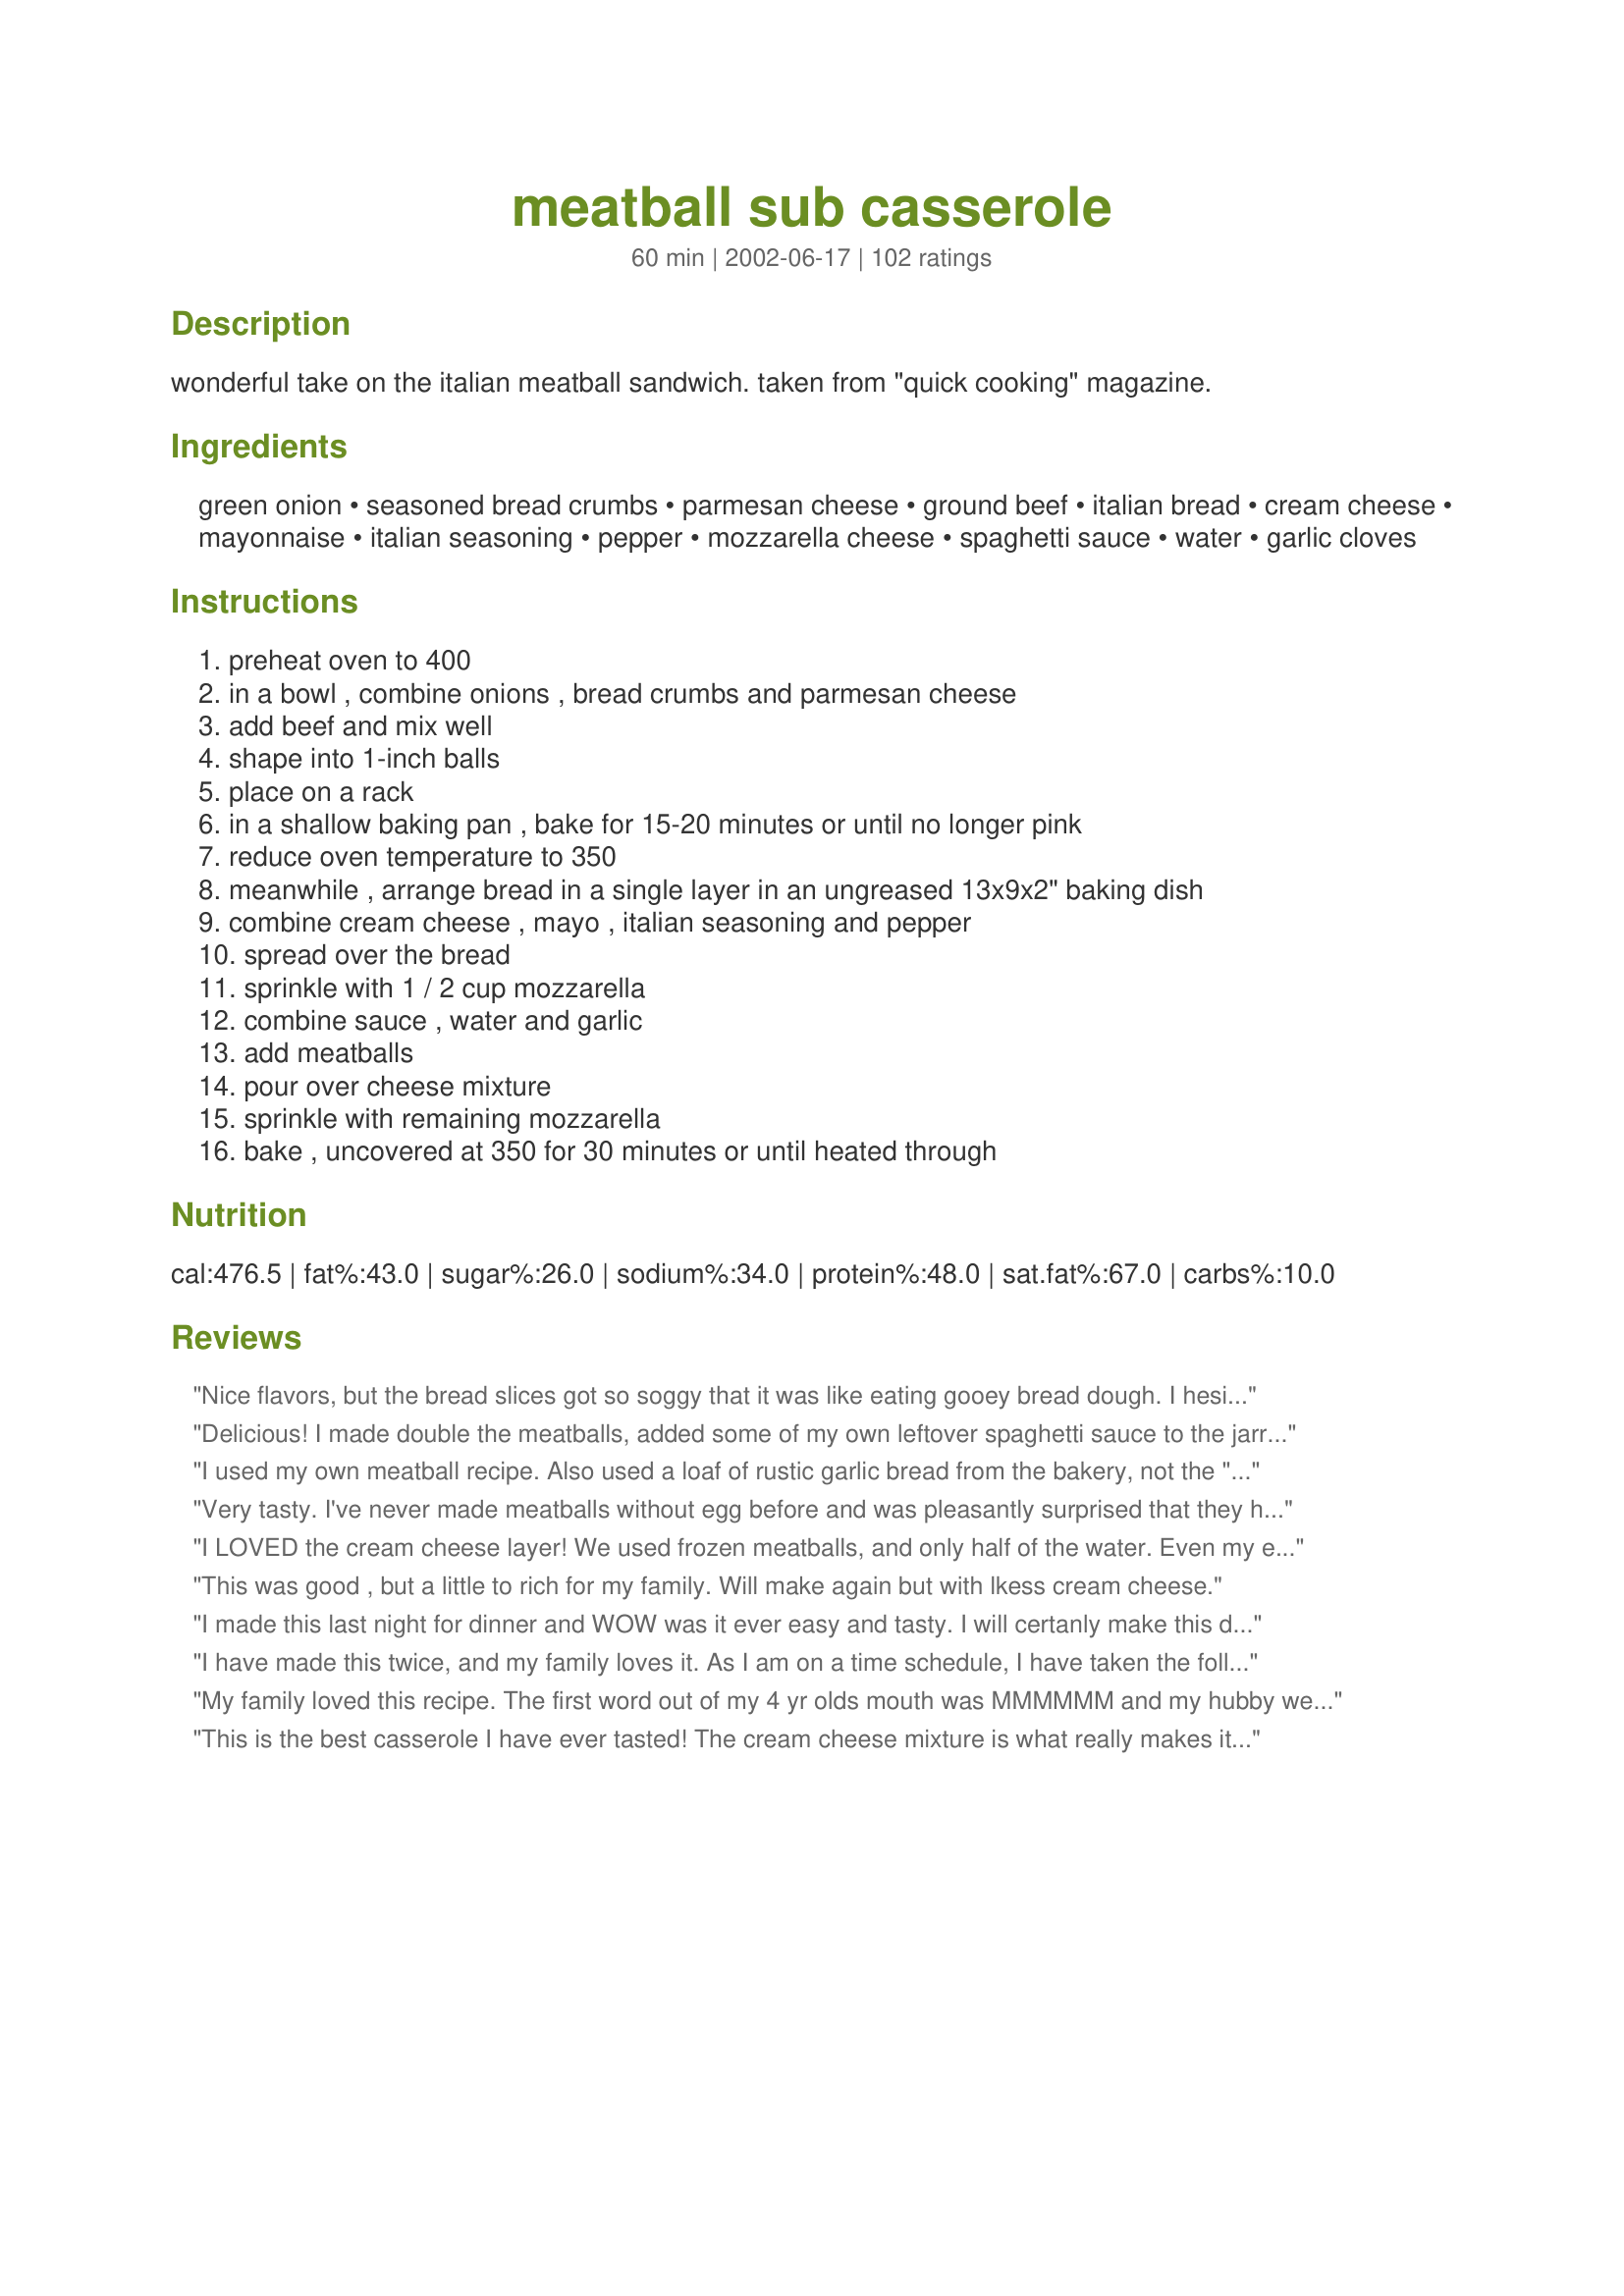
meatball sub casserole
Preparation time: 60 minutes

wonderful take on the italian meatball sandwich. taken from "quick cooking" magazine.

Ingredients:
green onion, seasoned bread crumbs, parmesan cheese, ground beef, italian bread, cream cheese, mayonnaise, italian seasoning, pepper, mozzarella cheese, spaghetti sauce, water, garlic cloves

Steps:
preheat oven to 400, in a bowl , combine onions , bread crumbs and parmesan cheese, add beef and mix well, shape into 1-inch balls, place on a rack, in a shallow baking pan , bake for 15-20 minutes or until no longer pink, reduce oven temperature to 350, meanwhile , arrange bread in a single layer in an ungreased 13x9x2" baking dish, combine cream cheese , mayo , italian seasoning and pepper, spread over the bread, sprinkle with 1 / 2 cup mozzarella, combine sauce , water and garlic, add meatballs, pour over cheese mixture, sprinkle with remaining mozzarella, bake , uncovered at 350 for 30 minutes or until heated through

Reviews:
Nice flavors, but the bread slices got so soggy that it was like eating gooey bread dough. I hesitated to add the cup of water to the jarred sauce and ended up wishing I'd left it out. Sorry, but the soggy bread spoiled the meal for us so I can only rate this recipe three stars.
Delicious! I made double the meatballs, added some of my own leftover spaghetti sauce to the jarred sauce and it came out great. My bread was not soggy, I think because I added more sauce instead of the cup of water. Can't wait to have for lunch tomorrow!
I used my own meatball recipe. Also used a loaf of rustic garlic bread from the bakery, not the "fluffy" stuff, then toasted the cubed bread while I made the meatballs. Followed the other suggestions to omit the water, happy I did because the bread came out almost toasted on the bottom. Had a great flavor, but it is rich, therefore only needing a small piece! A nice change from the typical "noodle" casserole.
Very tasty. I've never made meatballs without egg before and was pleasantly surprised that they held together OK. I used less water than specified because I thought it would make the sauce too thin. I think next time I would use a bit less cream cheese and substitute some sour cream for the mayo... My kids really enjoyed this, thanks for sharing it, DogAndCatDoc.
I LOVED the cream cheese layer! We used frozen meatballs, and only half of the water. Even my extremely picky 2 year old ate this. Minus the meatballs, since she doesn't believe in meat that isn't a chicken nugget. We did use light mayo, and it didn't affect the creaminess at all. I sliced the bread that morning and let it sit out all day, and we didn't really have any issues with sogginess. It wasn't crispy, but not soggy, either. Thank you, Yooper!
This was good , but a little to rich for my family. Will make again but with lkess cream cheese.
I made this last night for dinner and WOW was it ever easy and tasty. I will certanly make this dish on a monthly rotation. It is very rich so a little goes a long way.
I have made this twice, and my family loves it.
As I am on a time schedule, I have taken the following shortcuts:
1-I use frozen meatballs.
2-I leave the bread, cut into cubes, out overnight to crust up.
3-I added the water to the cheese mixture to soften it up a bit
Thank you for sharing this recipe

My family loved this recipe. The first word out of my 4 yr olds mouth was MMMMMM and my hubby went nuts for the cream cheese mixture. I, being 9 mos pg, used defrosted frozen meatballs and added 10 minutes to the cook time. I cut the water down to a 1/2 cup and it wasn't soggy at all. I also used 1/2 the shredded cheese called for on top and used some provolone slices too! Very yummy!
This is the best casserole I have ever tasted! The cream cheese mixture is what really makes it! I didnt have italian bread, so I just cubed up some hot dog/hamburger buns and toasted them under the broiler first, to get the crusty texture on the outside that italian bread has. I thought that it might help with the sogginess also but the bread still seemed to soak up a lot of moisture. So next time I will make sure to use the crustier bread so they wont get as soggy. I also did not add the water because I dont like a thin/runny sauce. To make this recipe super fast, I just used a bag of the frozen italian meatballs and they turned out just fine! It tasted just like a meatball sub but in a casserole! I love this recipe, Super fast and easy, and for sure is going into the regular meal rotation!
This was great. I needed something simple for a last-minute pot-luck meeting we had at work. Everyone loved it. I left with a empty dish :)
This recipe is AWESOME!! We l-o-v-e anything Italian and this without a doubt filled the bill. I made it with the French bread and did take a bit longer with the prep time but I'm sure it's only because its a new recipe. No doubt it will be quicker next time around as this is a for sure keeper and I'll be making it again, and again ~ Thank you so much for sharing!
Loved it, loved it, loved it. Used toasted garlic bread. as suggested by the other reviewers, and store-bought frozen Italian meatballs. Added the minced garlic, but the pieces turned green when baked! Did this happen to anyone else?
i think this is probably one of the best recipes i have ever made, made it at home, and shared some with (cooked) 2 other people who also loved it. Gave the recipe to a coworker who also made it with dh and 3 children, she doubled the recipe to serve her family, and told me there was none left. This is my only review ever.
I subbed sourdough bread for the Italian as it was all I had on hand when I made this. It was wonderful and I will definitely make it again! Thanks for a great recipe.
My husband was a little nervous about trying this recipe but was surprised at how good it was! I used my homemade recipe for the bread and I sliced it and let it sit open on the counter all day to firm up a bit so that the bread would not set soggy while baking. This casserole had great flavour and tasted great. I also added a mix of mozzarella and parmesan cheese for the topping. I made the meatballs ahead of time and placed them in the freezer so that on serving day I could whip up this casserole in no time!
This was a good recipe! I made this to use up bread and meatballs before passover. It was very good and rich. Thanks!
My family says this was the best meal they've ever had! It was delicious and easy to make. I will make this often.
This was easy to put together and I really enjoyed the flavor. I used Hunt's traditional pasta sauce, which was a 26.5 oz can (they don't come in 28 oz anymore here - in fact, most are now 24 oz). I had whole wheat seasoned breadcrumbs (4C brand). The meatballs were cooked in 15 minutes. We thought this was a little too rich. Also, I had problems with soggy bread. I think the key is to use real, crusty Italian bread. What I (and probably many other reviewers) did was to buy the Walmart bakery "Italian loaf" which is only slightly sturdier and more flavorful than Wonder bread. Unfortunately, this is all I can get in the stores here, and it's doubtful I would make bread and then turn around and layer it in a casserole. Therefore, this recipe will have to go on my back burner, unfortunately.
This a great recipe as long as you toast the bread first and leave out the water.I used my own meatball recipe. Other then those changes,it is a very good meal.
I made this for the first time tonight, and it was so good!! The only I changed was that I used 2 lbs of ground beef, and doubled up the bread crumbs. We eat a lot at our house, so I didn&#039;t think 1 lb of ground beef would be enough :) It was a HUGE hit at our house, and I will definitely be adding this to my list of frequent dinner recipes!!
We loved this! All the flavours from one of my favourite sandwiches in a casserole, which made it OK to eat for dinner! I love homemade meatballs and with the sauce and bread base as well it was delicious. Even though the bread was a little soggy, we didn&#039;t mind at all. I followed the recipe exactly and would make this again.
Great recipe! I followed the suggestion to let the bread dry out overnight and no water added to the sauce. Then, I stumbled upon the remedy to the soggy bottom when I reheated the leftovers. I flipped the casserole over (putting the cut up bread cubes with cream cheese/mayo combo spread on it) and heated it at 400 degrees for 15 minutes. The bread that was mushy the night before was now crispy and cheesy with yummy meatballs and sauce underneath. Next time I make this casserole, I'm going to bake it with the meatballs on the bottom and the cheesy diced italian bread on top. Bye the way, my 2 year old twin granddaughters ate half of this recipe in one sitting!!!
I made this yesterday for a football party - HUGE success! 
I toasted the bread first, as many had suggested as I was afraid it would get soggy.
Did not add the water. I used homemade marinara instead of out of a jar.
This dish was WONDERFUL! I know it sounds crazy, but I also made a vegetarian version with homemade pasta sauce with mushrooms in it. This was also delicious. Just leave out the meatballs and you have a great appetizer for your non meat eating friends.
My family did not like this recipe. Sorry
All the ingredients for a meatball sandwich are here, just assembled in a different manner. This recipe is always a hit at our house. We NEVER have any leftovers, it is so good!!

I made this today for a couple of teenagers and was very pleased with the results. I could find Italian Bread crumbs over here so I made my own, otherwise I did everything exactly as the recipe described. It was delicious and the teens loved it. Thanks for a great recipe!
LOVED THIS!!! I subbed garlic bread for the Italian bread and toasted it first, and MAN was this GOOD!!! Will make over and over!!!! What a keeper!!! Thank you SO MUCH!!! :) WOOHOOOO!!! :) :)
I've made this twice now, and I've thought it was great each time!
The first time my bread got rather soggy (me being the odd one that I am, thought the soggy bread with this was yummy).
This last time I made it, I let the bread sit out over night and made sure to spread the cream cheese/mayo mixture evenly over all the bread. I also didn't add water to the spaghetti sauce, and the bread didn't get soggy much at all. Now that I've figured out how to keep that from happening I'll be making this quite often.
Meatball sandwiches are a favorite in my family, and this is a fun twist on it. The meatballs are sooo yummy! Thanks for this tasty dish!
I was looking for something to do with leftover meatballs and sauce along with half a loaf of semolina bread I had made the day before... Perfect! After reading some of the reviews, I decided not to add the additional water, but tried to stick with the recipe as written. I personally hate it when people review a recipe after &quot;tweaking &quot; it so much that it has turned into something totally different! ( I will be changing things slightly for next time , just to suit our personal tastes.) My family really enjoyed it! Thank you for sharing!
We really liked this casserole and like some of the other reviewers, I made a double batch of meatballs.
This is one of the best casseroles I have ever had. I used my homemade Spaghetti Sauce instead of store bought, but other than that did everything the same. My DH thought he was king for the day. We will be making this one again and again! Thanks Yooper
I thought this was a great, quick recipe. Most of the ingredients are usually on hand and the preperation is very straight forward. The best part was that all five of the children in our home LOVED it. They each went back for seconds. Finding something that is loved by all five kids NEVER happens so for that reason alone I give this recipe five stars. I really liked it myself, but my friend thought the bread was a little soggy. Next time I will let the bread sit out to harden it a little and see if that helps. THANK YOU for an amazing recipe and a dinner we could enjoy without complaint. We will be putting this into our regular rotation.
This did not go over so big at my house...I thought it was good but think I will stick to making the meatball subs the old fashion way
tastes just like a meatball sub! thanks for the tip about letting the italian bread sit out. i let it sit out for a day and it was still crispy in the casserole - yum! my only suggestion is to make more meatballs (about 1.5 lb) since this recipe only allows for 2-3 meatballs per person and my family loves meatballs!
Yum! I knew this would be good, but MAN, was it GOOD. I couldn't stop eating it! I made my own recipe meatballs and used canned sauce, which next time I will use my homemade sauce. I loved the cream cheese layer of the casserole. SO tasty! Can't wait to make this again!
This was the best meatball anything I have EVER had!! We really enjoyed this recipe!! I also subbed garlic bread and toasted it first for 10min so the final baking time was 20min to heat through. I also put half the amount of water in the sauce..(I like really tomatoey). Thanks so much for posting this!
I thought the sauce and meatballs and cheeseyness were great. Bread, so so. Next time I would just cook up pasta for the bottom layer. I used a tub of ricotta instead of mayo and store bought meatballs that I microwaved for 5 minutes. Didn&#039;t add any water to the sauce. Pretty tasty
I hate to write a bad review and I was really hoping for the best out of this... but this was not good at all. The cream cheese mayo mixture just made it bad to me. We couldn't eat it and had to toss. I was thinking that maybe ricotta would be good in it... IDK. Sorry :(
We really liked the flavors in this casserole, but the soggy bread didn't go over well. My teenagers wouldn't eat the bread, but loved the meatballs and cheeses. My picky son even had seconds. We had leftovers for lunch the next day and thought the flavor was even better on day 2 (but still didn't like the soggy bread aspect). Next time, we will probably just stick with meatball subs and avoid the soggy bread.
every one in house liked this except me! Sorry. DOnt get me wrong its ok but not great. Those in the house say its a keeper?! Thanks for posting
Very good. Thank you. I used Italian Eggplant Balls #306857 instead of the meat and the casserole came out perfectly.
Everyone loved it and wants me to make it again.
We had this last night. It was wonderful! I added an egg and about 1/4 c milk and used about 1.25lb ground beef for the meatballs. I picked a good loaf of bread hard on the outside and soft on the inside. I will make this again soon!
Served as leftovers on day two, this was delicious. We actually didn't like it on the first day because the cream cheese mixture overpowered the rest of the flavors. By day two, the flavors blended perfectly. I followed other reviewer's advice and made toasted garlic bread first for the base. I also omitted the water. Thank you for a unique and delicious recipe!
This is a very tasty recipe and will make again. I followed the recipe closely but added crushed red pepper. I followed other reviewers advice and toasted the bread first, but it still turned out a little moist.
5 stars from DH, this one was for him. And I DID use lower fat mayo and cream cheese, and it was just great. :)
I LOVE THIS! When I make it I DO NOT add the water and I also toast the french bread so it sorta eliminates the soggy factor. I also fry the meatballs on the stovetop and add fresh garlic (Can't have enough fresh Garlic!!!)to the meatball mixture and cheese/mayo mixture. WOW! This is sooo good!
This was just so amazing to eat my wife, son, and I had a great time making it, an had a great time enjoying all the flavors an just sent us for a ride...lol.... pluse went great with garlic bread stixs..... thanks for the recipe....
I loved this recipe!! I used already made meatballs from the store and followed the recipe with only a few adjustments. I added garlic powder and onion powder to cream cheese mixture (personal pref.). I did not use all of the jar of spaghetti sauce. Taste was very flavorful and the bread was not crispy. Thanks for posting.
I followed the instructions of previous reviewers to avoid soggy bread at the bottom, but unfortunately, it didn't work. Everything else was delicious, I used recipe 69173 for the meatballs. My husband made a suggestion, which was putting a layer or so of lasagna underneath instead of bread, which I think we will try.
I have made this casserole numerous time and it is wonderful. It is one of my favorite recipes of all time.
My step-daughter picked this out as the weekly meal that her and I cook together and I'm glad that she did! I made the meatballs as instructed but cut them in half when I put them on the casserole so we had more. I followed everything else as written. The spaghetti sauce that I used was a very thick and hearty sauce so it needed the extra water but I would suggest using less (or none at all) if you have a thinner sauce to avoid the bread getting soggy. I used an Italian loaf that I cubed and let sit out overnight and the next day until dinnertime and the bread on the bottom actually got pretty crispy. I also made sure that I completely covered all of the bread with the cream cheese/mayo mixture to keep the sauce from dripping down onto the bread. Everyone really enjoyed this meal and it is now in our "Make Again" file. The only thing that got complaints was that my husband said when he heated it the next day for lunch, the bread had soaked up the spaghetti sauce and gotten soggy and doughy. It was great the night of but I would suggest making only as much as your family is going to eat because the leftovers were less than stellar.
Quite good.We left the water out and the bread was nice and crispy.Thanks for sharing
This was a lovely Friday night dish. I used my own premade and frozen meatballs so it made it even easier. I did make garlic bread and toasted it before spreading the cheese mixture on. It turned out lovely the bread did not get soggy at all, but I made sure that the cheese mixture covered all of it. Mine looked just like the picture, I was thrilled. I will be making this again. Thank you for posting yooper. :)shirley(:
This turned out as good as it sounds. I used french bread I baked earlier and took some suggestions from others, making it garlic bread before cutting up and making sure to spread the cream cheese all over bread and I made sure to cover it well with the mozzarella. I don't know if it would have been soggy otherwise, but it was still pretty dry and toasted on the bottom for me. Instead of the spaghetti sauce I just made a marinara with a 28 oz. can of pureed tomatoes. I used all but about a cup of the sauce and didn't add any water at all. Thank you for an awesome recipe, never would have thought of it. Loved it, I'll make this over and over.
I used store bought Italian croutons.
Outstanding! My husband and I ate this up. I actually got him to take leftovers to work!
My family loved this. I substituted ground turkey for the beef and simmered the meatballs in the sauce instead of baking them. Also toasted the bread cubes for a few minutes before starting the layers like other reviewers. My husband wanted to take it to work for lunch the next day. It's a keeper!
3 1/2 stars! I thought this was good but pretty darned rich! A small portion was enough for me. Also, it took me quite a bit longer than 15 minutes to prep this meal as stated which was unfortunate since it was a weeknight. Surprises me since this came from a cookbook called Quick Cooking. :) I would reserve this meal for a night or weekend where I could prep and stick in the fridge so that I just pop it into the oven the following evening. I substituted ground turkey easily. I eliminated the water in this altogether. I always do that with casserole recipes that call for it. I find that the addition of the water makes the food........well, watery and doesn't really serve a purpose. I baked covered in foil so that it didn't dry out. I used Recipe #416481 as the bread in the recipe. Thank you!
This was really great. I only had about 4 oz of cream cheese so I subbed the other 4 with ricotta. Bread was a little damp (could have been the ricotta) but the whole family enjoyed. Thanks.
I have made this twice, once following the recipe as directed but the second time I toasted the bread a little bit first and we prefer it that way so the bread isn&#039;t quite as soggy. Next time I will also increase the meatballs to use 1 1/2 lbs. of hamburger as we didn&#039;t think there were enough meatballs.
Pretty good as written, but I did a few things different. First, I skipped the cream cheese and mayo and used Ricotta cheese instead with one egg mixed in. I also lightly toasted my bread before adding to the casserole so it wouldn&#039;t get overly soggy, and last, I added my herbs (I use fresh garlic, basil and a bit of oregano) right to the meat mixture before shaping into meatballs. Oh, and I also use lean ground turkey since I don&#039;t eat much red meat. So delicious!!! My family asks for this dish at least three times a month! Yum!!
My husband and kids loved this. I made it just as the directions said; very easy to assemble. I will make this again....
This was good. I think next time I will cut down on the cream cheese mixture, and maybe add some green peppers, onion, and olives with the meatballs. Very tasty as written!
Great!! I used frozen premade meatballs and made my own Italian seasoning but otherwise followed to the letter and it was amazing!!
yum! If you haven't tried this yet you should.Thanks for sharing this.
Wow! This casserole was awesome! My family of 8 loved it and can't wait for me to make it again! I've shared this recipe with several people who also liked it!
OOOoooooo...wish I could give you MORE than 5 stars on THIS one. I've had this in my cookbook for quite a while now, and, as my husband said during dinner, "WHY haven't we had this before now?". Unfortunately our bread store ran out of Italian bread, so we used Texas Toast instead which was fine, but the FLAVORS were AMAZING. I finally found something that my husband, my 5 year old, my one year old and I ALL really enjoyed. I had my sister over for dinner too, and between the 5 of us, there were NO LEFTOVERS! thanks so much for sharing.
Excellent, Yooper! Followed the recipe exactly. Everyone loved it. I will be making this often. Thanks for another great recipe!
This was good, and I want to try it again but the bread turned out pretty mushy. I cut the recipe in half but used pretty much all the cream cheese/mayo part. That may be some of my problem. Next time I may try toasting the bread first and then layering it. Worth another try. Thanks.
I make this a lot when not on the low-carb kick. I always double the meatball part - not enough as it is. The green onions make them really tasty and surprisingly the mayo mix is good! Give it a try!
Easy and good. My kids really liked it
Wow!! amazing!! instead of premade spaghetti sauce I used tomatoe sauce seasoned with oregano and basil, worked beautifully
OK. Way too much cream cheese filling for my taste.
I made this exactly as described and my husband and father-in-law both said the only thing good in this were the meatballs. The bread was soggy even though I toasted it beforehand. I will not be making this again. The cream cheese mixture was disgusting too. I guess being a good cook (with recipes passed down from generation to generation), my expectations were a little higher than they probably should have been.
Well, I have NO idea why no-one else said this, but um... I ran out of the cheese mix?? It didn't even cover the bread crumbs. Weird. Anyway, I therefore added a cup of cottage cheese to the cheese mix and was barely able to cover. Only used 1 1/2 cups mozz to try to tone down the serious cheese going into this thing. Based on reviews, I didn't have the right bread but I pulled out regular whole wheat bread, cubed it, and allowed it to sit all day. Then drizzled with a little EVOO and sprinkled garlic powder on and toasted it. Did not use water, but rather another 1/4 cup spaghetti sauce. Spiced up the meatballs based on reviews as well. Used cayenne, oregano, thyme and basil. I did NOT like the looks of it and was totally stressed about having run out of the cheese spread? How on earth did this happen? Well, my family and I scrunched up our faces and dug in. It was really good! LOL!!! I think the cottage cheese toned down the cheese mix - some people said it was really rich. Served with salad. Will make again with my substitutions. Thanks!!
I liked this, but I don't think I would try it again. I didn't mind that the bread got soggy (yes I did toast it first) but my husband really disliked it. It just seemed too much like eating leftovers and I can get plenty of those with out trying to make it as my original dish.
Made this recipe tonight and dh wrinkled his nose when he heard what I was making. Then he went back for seconds and thirds. We loved it. Will definitely make this again.
My boys loved this! We lightened it up just a bit with ground sirloin, neufchatel, light mayonnaise, and part skim mozzarella. I think I saw this recipe in a Taste of Home casserole clip n keep book...I'm glad I found on here so I could try it! Thank you!
I doubled the meatball part and used Bertoli roasted garlic and onion spaghetti sauce. It tasted good but the bread on the bottom was mostly soggy. If you can get past the soggy bread then you should like this recipe. Don't think I'd make this again. One thing I did learn from this is that meatballs with green onions instead of regular onions tastes better. No egg required for your meatballs too.
It was ok. Bread was soggy even though I followed some of the suggestions to keep it from getting soggy. Will not be making it again though.
I really like this casserole. It was easy to make, tasty and filling. I served with a salad and italian bread. I did not use all the mayo/creamcheese mixture. I very sparingly spread it on the bread and it still tasted great.
DH gives this a HUGE 5 stars! I loved the flavors and ease of preparation. The cream cheese layer gave it a lasagna feel (but waaay cheaper and easier!). The only change I made was adding extra spices garlic and cheese, which I do with almost any recipe I come across. Next time I might cut the bread into cubes to make serving easier. This casserole will be in regular winter rotation.
i followed the recipe (mostly) and it turned out really good! as for all the other reviews on the soggy bread... it's supposed to be like that i think...<br/>what i changed was: <br/>-regular onion instead of green onions (i don't keep green onions on hand)<br/>-light miracle whip (even though the recipe says not to, mine still turned out fine)<br/>-i used whole wheat bread and toasted it<br/>-instead of leaving the bread whole, i cut it into cubes.
I have made this several times. I got the recipe out of a Quick Cooking magazine originally, but lost my copy and found it here on Zaar. I am surprised to see so many reviews that the bread was soggy. I think the trick must be to make sure you cover the bread evenly with the cream cheese mixture, and fill any little holes with the mozzerella cheese. This is a fabulous recipe just the way it is written. I would not change a thing. Thanks for posting and saving my dinner!!
Did not like it. I toasted the bread first like people suggested and it still was soggy. I forgot to put it in the fridge and the next morning I wasn't to mad to find it on my counter and throw it away.
Oh wow! Yum, yum, yum. Made with vegetarian meatballs and think I've found a new favourite comfort food. Will be emailing a link to this recipe to all family and friends.
Very good! Since I was short for time, I used premade meatballs. The only change I may make next time is to cut the bread into cubes, after spreading on cheese mixture, just so it will be easier to serve!
I can't wait for the leftovers!
Oh we loved this. I used a loaf of sourdough french bread. I pulled some of the bread out of the center and toasted it at 400 degrees for about 10 minutes. I used premade meatballs that I threw in the crockpot with 1 1/2 jars of spaghetti sauce. I followed the directions for the rest of it. We will definately be making this again. Thanks!
The taste was fine, but we found the recipe to be really heavy. We only managed to eat half, and we're not small eaters!
Delicious from the first to last bite. I toasted my bread like other reviewers and this seemed to help somewhat. No matter, the flavors were delicious and one meal we really enjoyed!
Great dish for our church potluck. Very very tasty! Thanks!
Thank you for sharing such a great recipe! this one's definitely a keeper! For the first time in a long time, my 5 year old cleaned her plate without prodding AND my hubby who doesn't eat leftovers ate the leftovers for lunch the next day. I will definitely be making this time and again!
This was a great recipe! I loved the cream cheese mixture in it! I used pre-made meatballs that I had left over in the freezer and used regular sliced bread that I put in the oven for 5 minutes to toast. I used 1/2 C. water with the spagetti sauce, and added the parmesean on top of the mozzarella. This recipe is a keeper in our house! Delicious! Thank you so much!
everyone loved it.
The casserole was good but we thought the meatballs themselves were rather bland. I will definitely make this again but will use a different recipe for the meatballs. I also did not add the water and had no problem with soggy bread. I think what also helped with this was using a very crusty, hearty loaf of bread.
The flavors in this casserole are so good together. I generally add less water than called for which results in less sogginess in the bread.
Mmm Mmm MM! This recipe was very good! It tasted just like a meatball sub sandwich from subway! The only thing i would have done differently is more meatballs for sure, and maybe using a different bread for the base to have more bread layer! I was a little skeptical of the meatball recipe, I thought for sure they wouldn&#039;t turn out, but it was simple and they came out GREAT! I&#039;ll definitely be using that meatball mix for all my meatball dishes! Y&#039;all if you haven&#039;t made this dish yet, TRY IT!
This is really good. my kids love this, as do I and my husband. I use store bought meatballs, and just microwave them. Makes prep time very quick. Thank you!!
This casserole was really good. I had planned to let my bread sit out overnight, as some reviewers suggested, but I forgot. So I sliced it and placed it in the oven to dry out, but I guess I didn't let it dry out long enough. My bread ended p kind of soggy, but the flavor was wonderful. I will let my bread sit out overnight next time. My hubby ate the leftovers for lunch and said the bread wasn't as soggy the second day. Thank you Yopper for posting. I will definitely make it again.
I have made this a few times now and just realised I hadn't reviewed it yet. I was a bit scared going in to making this as a lot of reviewers had commented that the bread turned soggy. Before assembling it all I toasted the garlic bread I was using and followed a review that said to completely cover the bread with mayo and cream cheese before adding the pasta sauce. The flavour in this is very yummy and as I bake the meatballs on a wire rack over a baking dish a lot of the fat comes out. I will definately continue to make this recipe.
